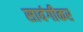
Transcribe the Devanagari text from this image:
सावंगीकर